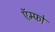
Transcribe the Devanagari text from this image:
ऍम्फो